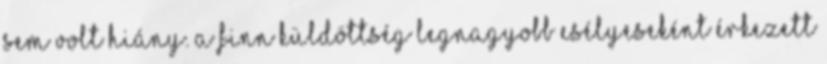
sem volt hiány. A finn küldöttség legnagyobb esélyeseként érkezett